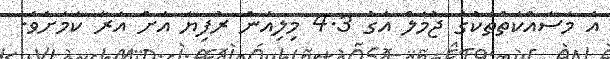
އެ މަސައްކަތްތަކުގެ ޖުމަލް އަގު 4.3 މިލިއަން ރުފިޔާ އަށް އަރާ ކަމަށެވެ.